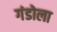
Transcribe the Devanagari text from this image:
गंडोला